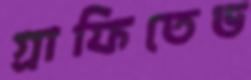
গ্রাফিতেড